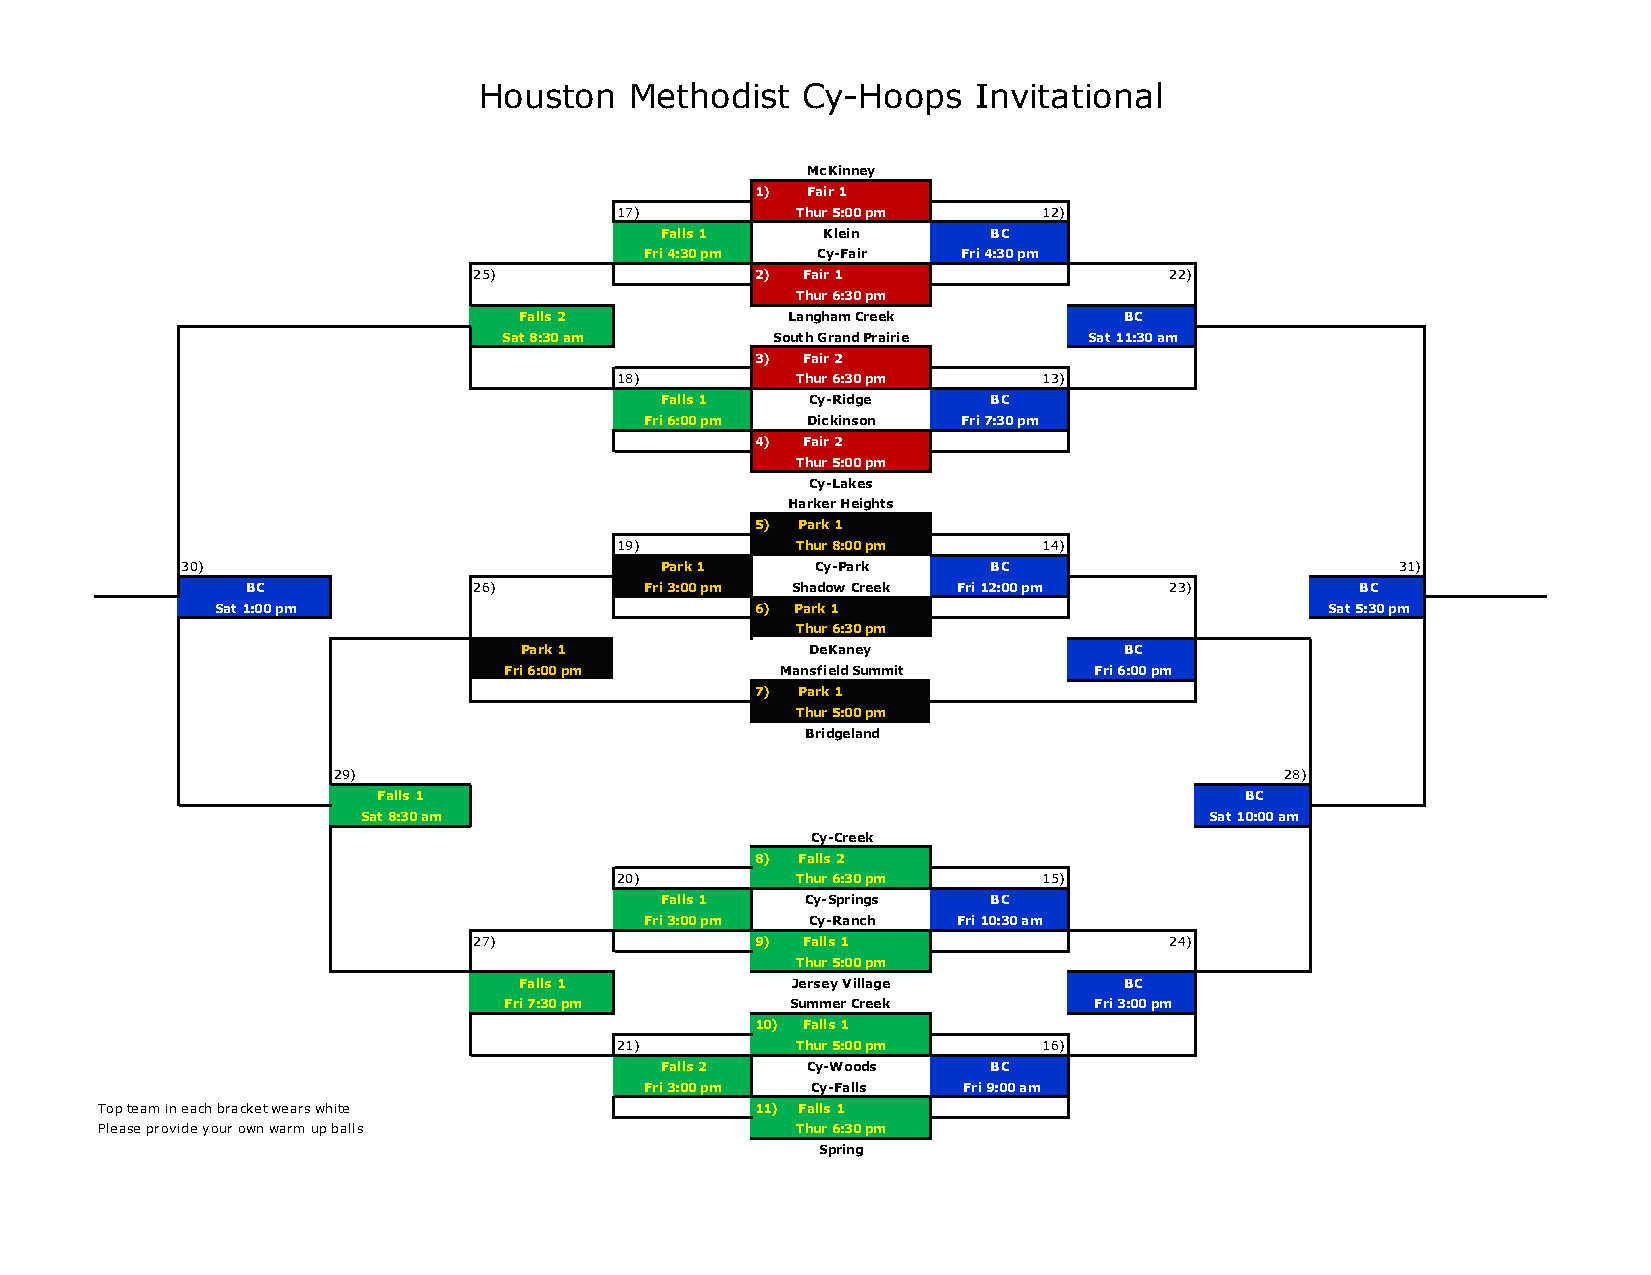
Houston   Methodist  Cy-Hoops    Invitational
 McKinney
 1) Fair 1
 17)         Thur 5:00 pm    12)
 Falls 1   Klein       BC
 Fri 4:30 pm Cy-Fair  Fri 4:30 pm
 25)                2) Fair 1                  22)
 Thur 6:30 pm
 Falls 2           Langham Creek         BC
 Sat 8:30 am       South Grand Prairie  Sat 11:30 am
 3) Fair 2
 18)         Thur 6:30 pm    13)
 Falls 1   Cy-Ridge    BC
 Fri 6:00 pm Dickinson Fri 7:30 pm
 4) Fair 2
 Thur 5:00 pm
 Cy-Lakes
 Harker Heights
 5) Park 1
 19)         Thur 8:00 pm    14)
 30)                             Park 1    Cy-Park     BC                         31)
 BC             26)         Fri 3:00 pm Shadow Creek Fri 12:00 pm 23)      BC
 Sat 1:00 pm                         6) Park 1                             Sat 5:30 pm
 Thur 6:30 pm
 Park 1              DeKaney             BC
 Fri 6:00 pm        Mansfield Summit    Fri 6:00 pm
 7) Park 1
 Thur 5:00 pm
 Bridgeland
 29)                                                            28)
 Falls 1                                                  BC
 Sat 8:30 am                                             Sat 10:00 am
 Cy-Creek
 8) Falls 2
 20)         Thur 6:30 pm    15)
 Falls 1  Cy-Springs   BC
 Fri 3:00 pm Cy-Ranch Fri 10:30 am
 27)                9) Falls 1                 24)
 Thur 5:00 pm
 Falls 1           Jersey Village        BC
 Fri 7:30 pm        Summer Creek        Fri 3:00 pm
 10) Falls 1
 21)         Thur 5:00 pm    16)
 Falls 2  Cy-Woods     BC
 Fri 3:00 pm Cy-Falls Fri 9:00 am
 Top team in each bracket wears white        11) Falls 1
 Please provide your own warm up balls          Thur 6:30 pm
 Spring